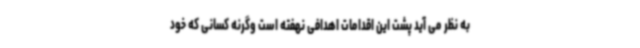
به نظر می آید پشت این اقدامات اهدافی نهفته است وگرنه کسانی که خود